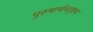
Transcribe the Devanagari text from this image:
पुरुषार्थचतुष्टय